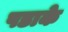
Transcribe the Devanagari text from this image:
पडाके